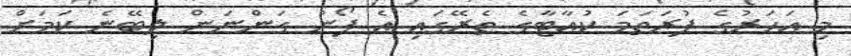
މި އަހަރުގެ ފުރަތަމަ ކުއާޓާގެ ތެރޭގައި އެ ފޯނު ގަންނަން ލިބޭނެ ކަމަށް